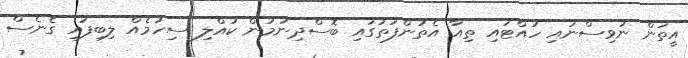
އީތަން ނުވިސްނައި ހުއްޓައި ތިއާ އެތުންފަތުގައި ބޮސްދިނުމުން ކުއްލި ސިހުމެއް ލިބިފައި ގެނެސް